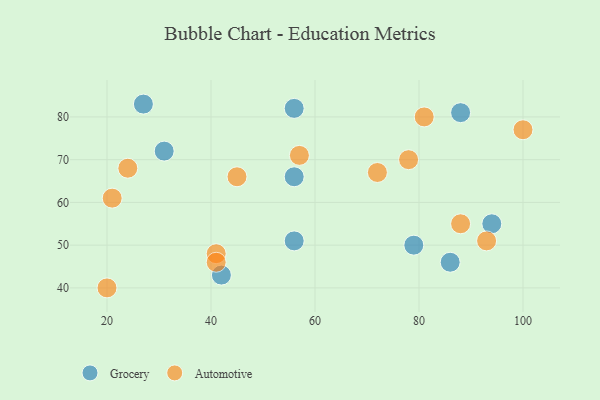
{"axis": {"x": "GDP", "y": "Life Expectancy"}, "legend": ["Automotive", "Grocery"], "data": [{"x": "56", "y": 66, "type": "Grocery"}, {"x": "56", "y": 51, "type": "Grocery"}, {"x": "94", "y": 55, "type": "Grocery"}, {"x": "79", "y": 50, "type": "Grocery"}, {"x": "88", "y": 81, "type": "Grocery"}, {"x": "31", "y": 72, "type": "Grocery"}, {"x": "27", "y": 83, "type": "Grocery"}, {"x": "86", "y": 46, "type": "Grocery"}, {"x": "56", "y": 82, "type": "Grocery"}, {"x": "42", "y": 43, "type": "Grocery"}, {"x": "72", "y": 67, "type": "Automotive"}, {"x": "100", "y": 77, "type": "Automotive"}, {"x": "24", "y": 68, "type": "Automotive"}, {"x": "93", "y": 51, "type": "Automotive"}, {"x": "21", "y": 61, "type": "Automotive"}, {"x": "81", "y": 80, "type": "Automotive"}, {"x": "41", "y": 48, "type": "Automotive"}, {"x": "57", "y": 71, "type": "Automotive"}, {"x": "45", "y": 66, "type": "Automotive"}, {"x": "41", "y": 46, "type": "Automotive"}, {"x": "88", "y": 55, "type": "Automotive"}, {"x": "78", "y": 70, "type": "Automotive"}, {"x": "20", "y": 40, "type": "Automotive"}]}